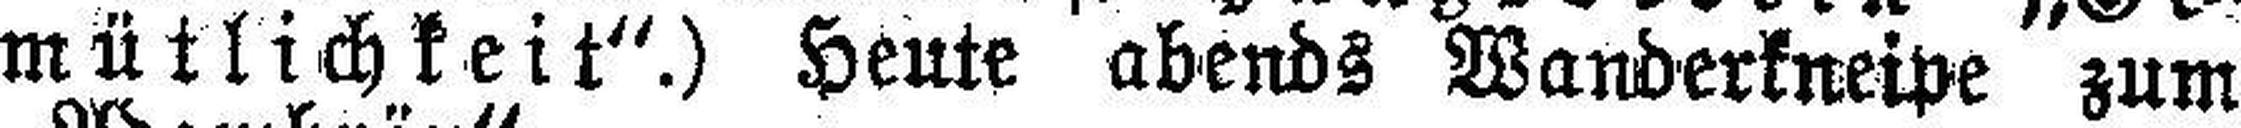
mütlichkeit“.) Heute abends Wanderkneipe zum